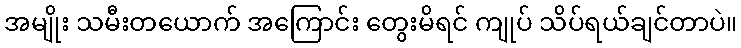
အမျိုး သမီးတယောက် အကြောင်း တွေးမိရင် ကျုပ် သိပ်ရယ်ချင်တာပဲ။